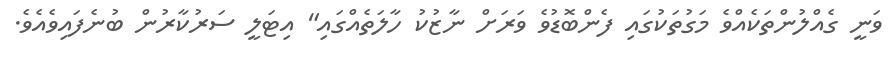
ވަނީ ގެއްލުންތަކެއްވެ މަގުތަކުގައި ފެންބޮޑުވެ ވަރަށް ނާޒުކު ހާލަތެއްގައި" އިޓަލީ ސަރުކާރުން ބުނެފައިވެއެވެ.